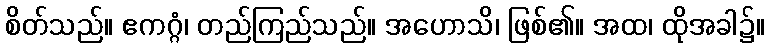
စိတ်သည်။ ဧကဂ္ဂံ၊ တည်ကြည်သည်။ အဟောသိ၊ ဖြစ်၏။ အထ၊ ထိုအခါ၌။